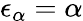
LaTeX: \epsilon_{\alpha}=\alpha